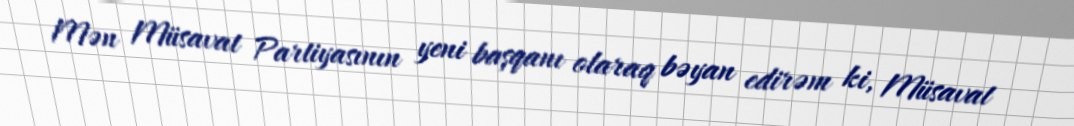
Mən Müsavat Partiyasının yeni başqanı olaraq bəyan edirəm ki, Müsavat